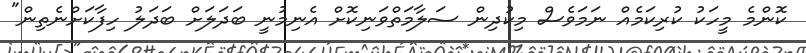
ކޮންމެ މީހަކު ކުރިކަމެއް ނަމަވެސް މިކުދިން ސަލާމަތްވަނިކޮށް އެނިމުނީ ބަދަލަށް ބަދަލު ހިފާކަށްނެތިން"